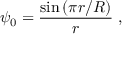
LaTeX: \psi _ { 0 } = \frac { \sin \left( \pi r / R \right) } { r } \; ,